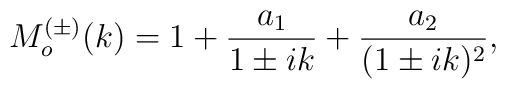
M^{(\pm)}_o(k)=1+\frac{a_1}{1\pm ik}+\frac{a_2}{(1\pm ik)^2},